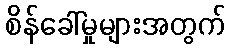
စိန်ခေါ်မှုများအတွက်